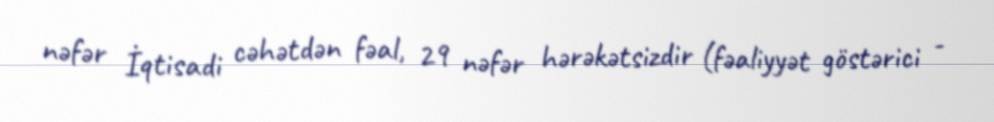
nəfər İqtisadi cəhətdən fəal, 29 nəfər hərəkətsizdir (fəaliyyət göstərici -